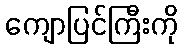
ကျောပြင်ကြီးကို